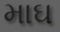
માઘ